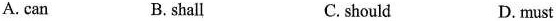
A. can B. shall C.should D.must